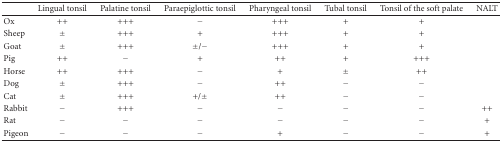
|  | Lingual tonsil | Palatine tonsil | Paraepiglottic tonsil | Pharyngeal tonsil | Tubal tonsil | Tonsil of the soft palate | NALT |
 | --- | --- | --- | --- | --- | --- | --- | --- |
 | Ox | ++ | +++ | − | +++ | + | + |  |
 | Sheep | ± | +++ | + | +++ | + | + |  |
 | Goat | ± | +++ | ±/− | +++ | + | + |  |
 | Pig | ++ | − | + | ++ | + | +++ |  |
 | Horse | ++ | +++ | − | + | ± | ++ |  |
 | Dog | ± | +++ | − | ++ | − | − |  |
 | Cat | ± | +++ | +/± | ++ | − | − |  |
 | Rabbit | − | +++ | − | − | − | − | ++ |
 | Rat | − | − | − | − | − | − | + |
 | Pigeon | − | − | − | + | − | − | + |